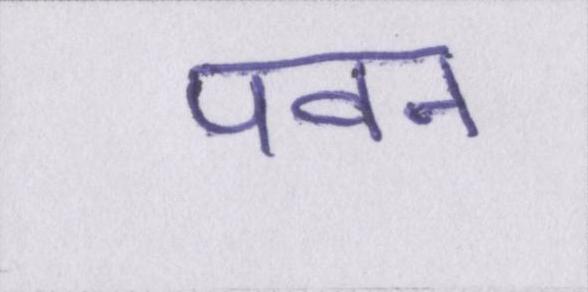
पवन